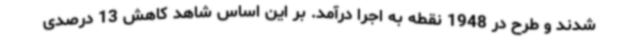
شدند و طرح در 1948 نقطه به اجرا درآمد. بر این اساس شاهد کاهش 13 درصدی